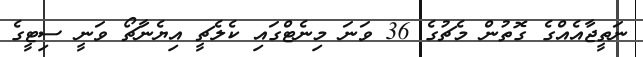
ނަތީޖާއެއްގެ ގޮތުން މެޗުގެ 36 ވަނަ މިނެޓްގައި ކެލެޗީ އިޔެނާޗޯ ވަނީ ސިޓީގެ